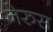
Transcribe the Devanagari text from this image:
नेरुस